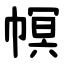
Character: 幎